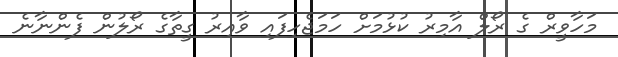
މަހާވީރް ގެ ރޯލް އާމިރު ކުޅުމަށް ހަމަޖެހިފައި ވާއިރު ގީތާގެ ރޯލުން ފެންނާނެ